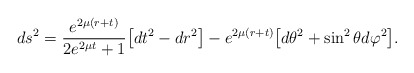
\begin{align*}ds^2 = \frac{ e^{ 2 \mu (r + t)}}{ 2 e^{ 2 \mu t }+ 1} \bigl[ dt^2 -dr^2\bigr] - e^{ 2\mu (r + t)} \bigl[d\theta^2 + \sin^2{\theta} d\varphi^2\bigr].\end{align*}